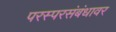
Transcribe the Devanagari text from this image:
परस्परसंबंधावर